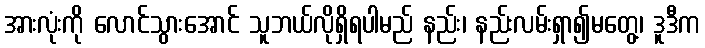
အားလုံးကို လောင်သွားအောင် သူဘယ်လိုရှိရပါမည် နည်း၊ နည်းလမ်းရှာ၍မတွေ့၊ ဒူဒီက